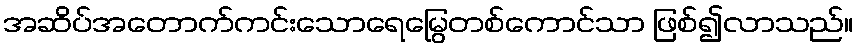
အဆိပ်အတောက်ကင်းသောရေမြွေတစ်ကောင်သာ ဖြစ်၍လာသည်။